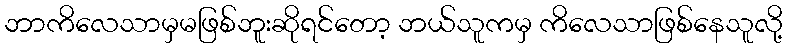
ဘာကိလေသာမှမဖြစ်ဘူးဆိုရင်တော့ ဘယ်သူကမှ ကိလေသာဖြစ်နေသူလို့